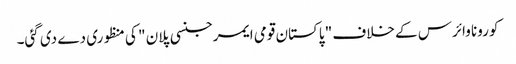
کورونا وائرس کے خلاف " پاکستان قومی ایمرجنسی پلان " کی منظوری دے دی گئی۔